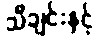
သီချင်းနှင့်